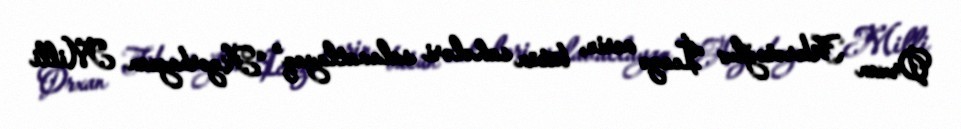
Orxan Fikrətoğlu: “İcazə verin, bütün sahələri salavatlayaq” “Azərbaycan Milli